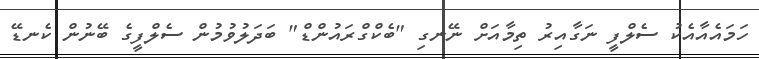
ހަމައެއާއެކު ސެލްފީ ނަގާއިރު ތިމާއަށް ނޭނގި "ބެކްގްރައުންޑް" ބަދަލުވުމުން ސެލްފީގެ ބޭނުން ކެނޑޭ